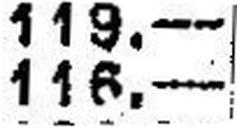
116.—